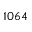
1 0 6 4